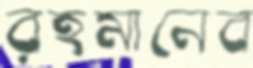
রহমানেব